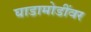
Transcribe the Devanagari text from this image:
घाडामोडींवर